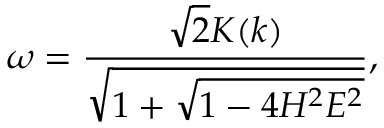
\omega = \frac { \sqrt { 2 } K ( k ) } { \sqrt { 1 + \sqrt { 1 - 4 H ^ { 2 } E ^ { 2 } } } } ,